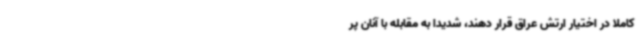
کاملاً در اختیار ارتش عراق قرار دهند، شدیداً به مقابله با آنان پر